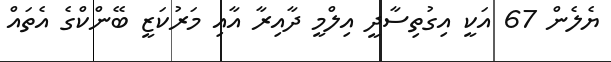
ޔެލެން 67 އަކީ އިގުތިސާދީ އިލްމީ ދާއިރާ އާއި މަރުކަޒީ ބޭންކްގެ އެތައް